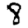
Digit: 8